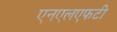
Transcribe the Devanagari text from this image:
एनएलएफटी